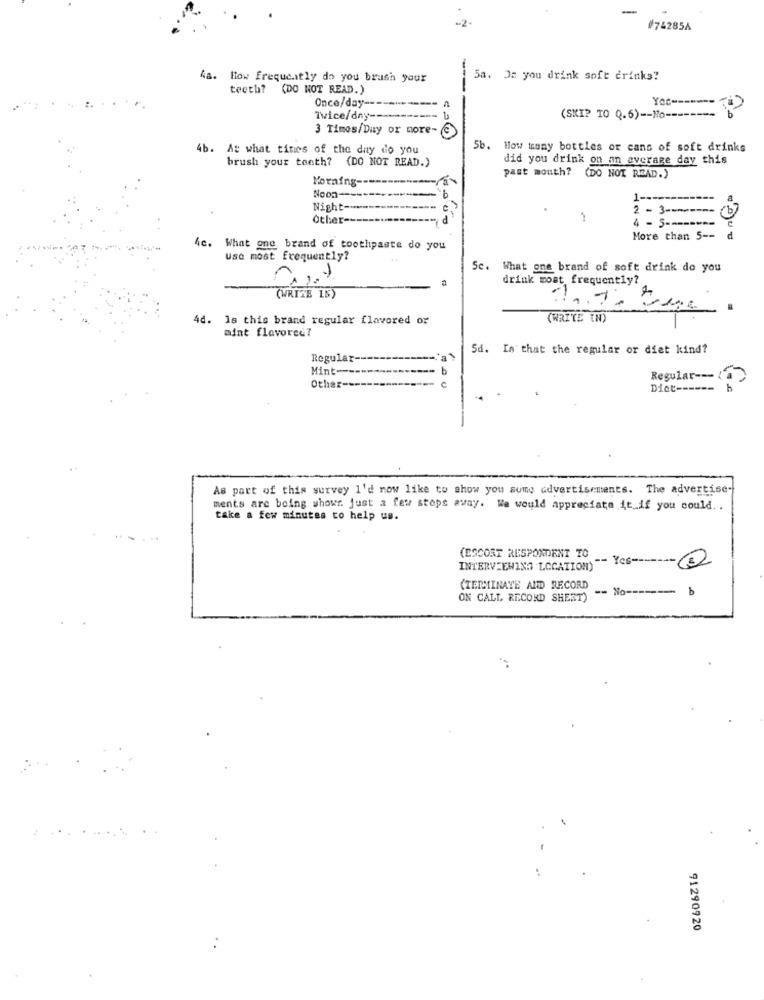
-
074285A
. How frequently do you brush your
5a. On you drink soft drinks?
teeth? (DO NOT READ.)
Yoc ------
Once/day ----****----- /
Twice/dny-
(SKI? TO Q.6) -- No --------
3 Times/Day or more-
4b. At what tines of the day do you
5b. How tomy bottles or cans of soft drinks
brush your teeth? (DO NOT READ.)
did you drink on an average day this
past month? (DO NOT READ.)
Morning --
Noon-
1 ------
---
Night-
2 - 3 -----
Other
4 - 5 ----
More than 5 --
d
4c. What one brand of toothpaste do you
Use most frequently?
Sc. What one brand of soft drink do you
drink most frequently?
(WRITE LS)
4d. 18 this brand regular flavored or
(WRITE IN)
mint flavored?
Sd. In that the regular or diet kind?
Regular
Mint --
b
Regular ---
Other
Diet -=====
As part of this survey I'd now like to show you some advertisements. The advertise-
ments are being whowr. just a few steps away. We would appreciate it_if you could ..
take a few minutes to help us.
(ESCORT RESPONDENT TO
-- Yes -------
INTERVIEWING LOCATION)
(TERMINATE AND RECORD
- No --------
b
ON CALL. RECORD SHEET)
91290920